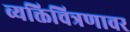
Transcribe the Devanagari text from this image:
व्यक्तिचित्रणावर